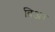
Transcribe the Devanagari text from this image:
ब्रिअर